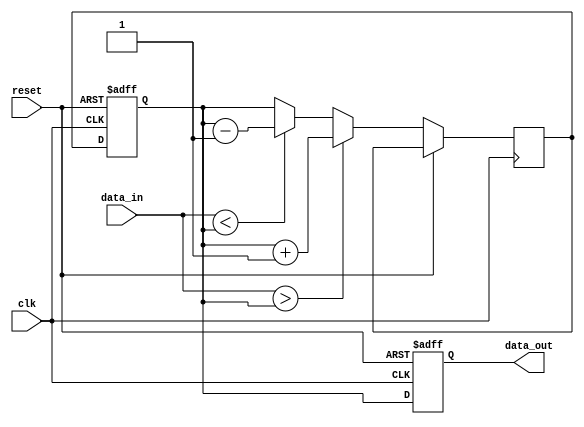
module behavioral_model (
    input wire clk,        // Clock input
    input wire reset,      // Reset input
    input wire [3:0] data_in, // 4-bit input data
    output reg [3:0] data_out // 4-bit output data
);

// Internal signal declaration
reg [3:0] current_state; // Current state
reg [3:0] next_state;    // Next state

// Initial block to set the initial state
initial begin
    current_state = 4'b0000; // Initialize current state to 0
    data_out = 4'b0000;       // Initialize output to 0
end

// Always block sensitive to positive edge of the clock
always @(posedge clk or posedge reset) begin
    if (reset) begin
        // Reset condition
        current_state <= 4'b0000; // Reset current state to 0
        data_out <= 4'b0000;       // Reset output to 0
    end else begin
        // Sequential logic for state update
        current_state <= next_state; // Update current state
        
        // Example behavior: simple state transition based on input
        if (data_in > current_state) begin
            next_state = current_state + 1; // Increment state
        end else if (data_in < current_state) begin
            next_state = current_state - 1; // Decrement state
        end else begin
            next_state = current_state; // Maintain state
        end
        
        // Assign output based on the current state
        data_out <= current_state; // Output the current state
    end
end

endmodule